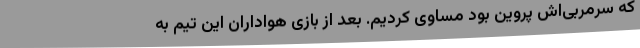
که سرمربی‌اش پروین بود مساوی کردیم. بعد از بازی هواداران این تیم به